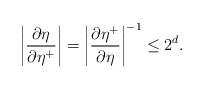
\begin{align*}\left| \frac{\partial\eta}{\partial\eta^+} \right| = \left| \frac{\partial\eta^+}{\partial\eta} \right|^{-1} \le 2^d.\end{align*}